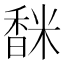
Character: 𩡅